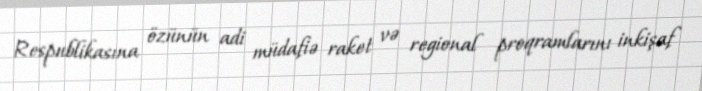
Respublikasına özünün adi müdafiə raket və regional proqramlarını inkişaf